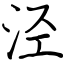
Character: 泾